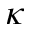
\kappa